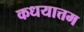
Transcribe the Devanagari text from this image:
कधयात्तम